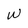
Character: W